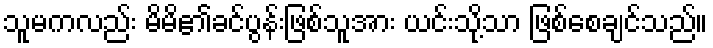
သူမကလည်း မိမ်ိ၏ခင်ပွန်းဖြစ်သူအား ယင်းသို့သာ ဖြစ်စေချင်သည်။